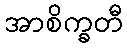
အာစိက္ခတီ